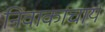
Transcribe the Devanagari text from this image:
निंवार्काचार्य